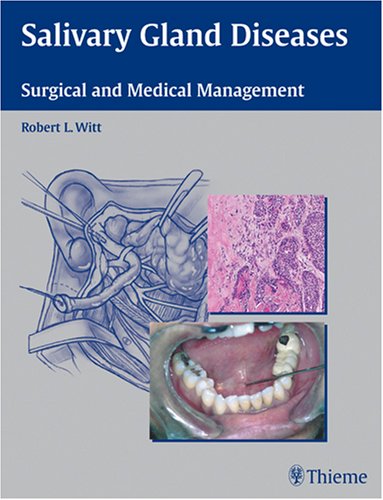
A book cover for Salivary Gland Diseases: Surgical and Medical Management; Medical Books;